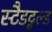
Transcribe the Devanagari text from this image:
स्टैडट्वल्ड